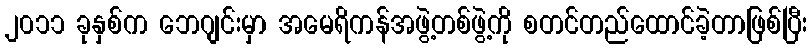
၂၀၁၁ ခုနှစ်က ဘေဂျင်းမှာ အမေရိကန်အဖွဲ့တစ်ဖွဲ့ကို စတင်တည်ထောင်ခဲ့တာဖြစ်ပြီး